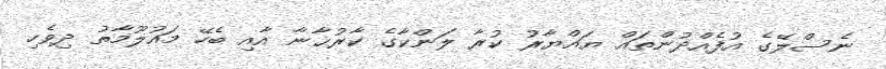
ނެސްލޭގެ އުފެއްދުންތައް ޔައްޔާރު ކުރާ ލަންކާގެ ކާރުޙާނާ އާއި ބެހޭ މައުލޫމާތު ދިވެހި